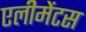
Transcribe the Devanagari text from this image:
एलीमेंटस